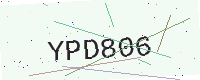
Text: YPD806